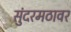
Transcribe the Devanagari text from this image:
सुंदरमठावर